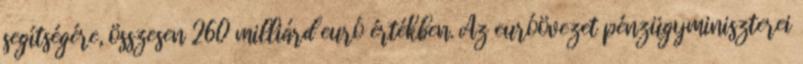
segítségére, összesen 260 milliárd euró értékben. Az euróövezet pénzügyminiszterei